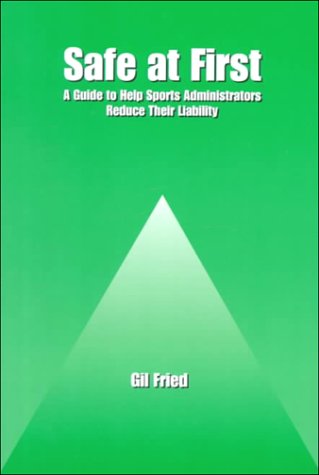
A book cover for Safe at First: A Guide to Help Sports Administrators Reduce Their Liability; Gil Ben Fried; Law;